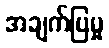
အချက်ပြမှု